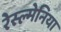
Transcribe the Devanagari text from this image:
रेस्ल्मेनिया